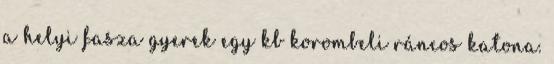
a helyi fasza gyerek egy kb korombeli ráncos katona.